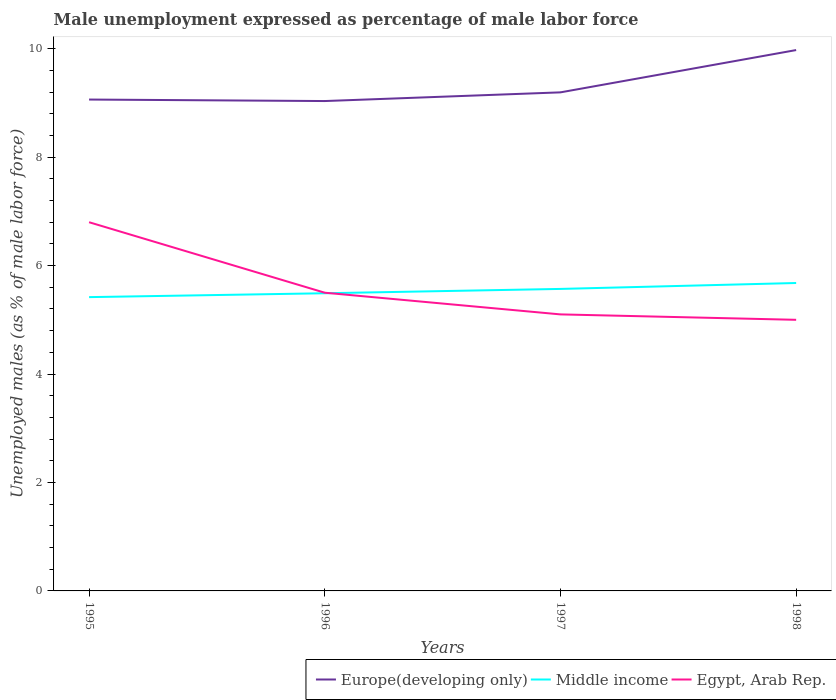
| Years | Europe(developing only) | Middle income | Egypt, Arab Rep. |
 | --- | --- | --- | --- |
 | 1995 | 9.06 | 5.42 | 6.8 |
 | 1996 | 9.03 | 5.49 | 5.5 |
 | 1997 | 9.19 | 5.57 | 5.1 |
 | 1998 | 9.98 | 5.68 | 5 |